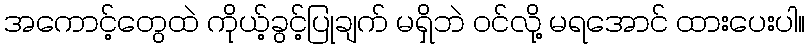
အကောင့်တွေထဲ ကိုယ့်ခွင့်ပြုချက် မရှိဘဲ ဝင်လို့ မရအောင် ထားပေးပါ။